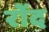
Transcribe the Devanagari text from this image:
रोंद